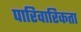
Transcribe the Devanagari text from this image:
पारिवारिकता